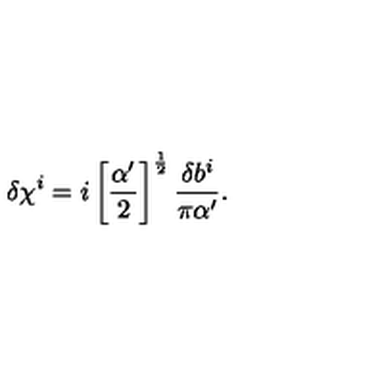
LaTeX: \delta \chi ^ { i } = i \left[ \frac { \alpha ^ { \prime } } { 2 } \right] ^ { \frac 1 2 } \frac { \delta b ^ { i } } { \pi \alpha ^ { \prime } } .